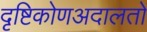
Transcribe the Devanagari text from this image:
दृष्टिकोणअदालतों